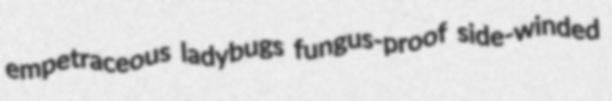
empetraceous ladybugs fungus-proof side-winded